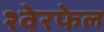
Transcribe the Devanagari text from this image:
श्वेरफेल